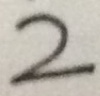
2